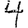
Digit: 4